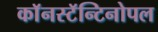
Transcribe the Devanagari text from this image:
काॅनस्टॅन्टिनोपल